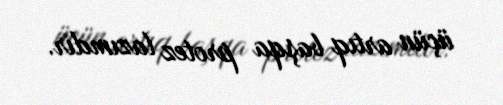
üçün artıq başqa protez lazımdır.